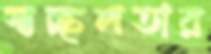
স্বচ্ছলতার